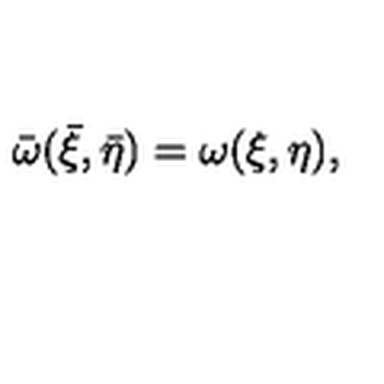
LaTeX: \bar { \omega } ( \bar { \xi } , \bar { \eta } ) = \omega ( \xi , \eta ) ,